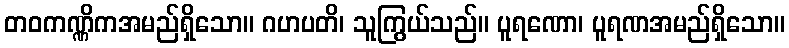
တဝကဏ္ဏိကအမည်ရှိသော။ ဂဟပတိ၊ သူကြွယ်သည်။ ပူရဏော၊ ပူရဏအမည်ရှိသော။